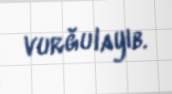
vurğulayıb.